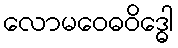
လောမဝေဓဝိဒ္ဓေါ